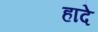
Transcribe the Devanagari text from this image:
हादे